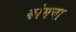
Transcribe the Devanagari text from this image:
कोसचा